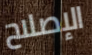
الإصلاح